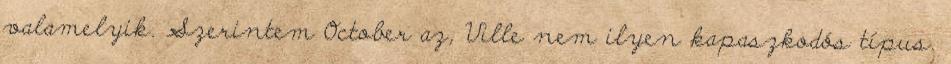
valamelyik. Szerintem October az, Ville nem ilyen kapaszkodós típus.